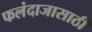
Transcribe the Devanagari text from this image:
फलंदाजासाठी